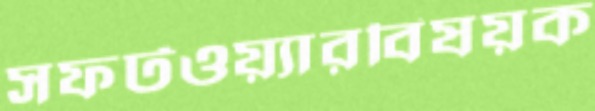
সফটওয়্যারবিষয়ক